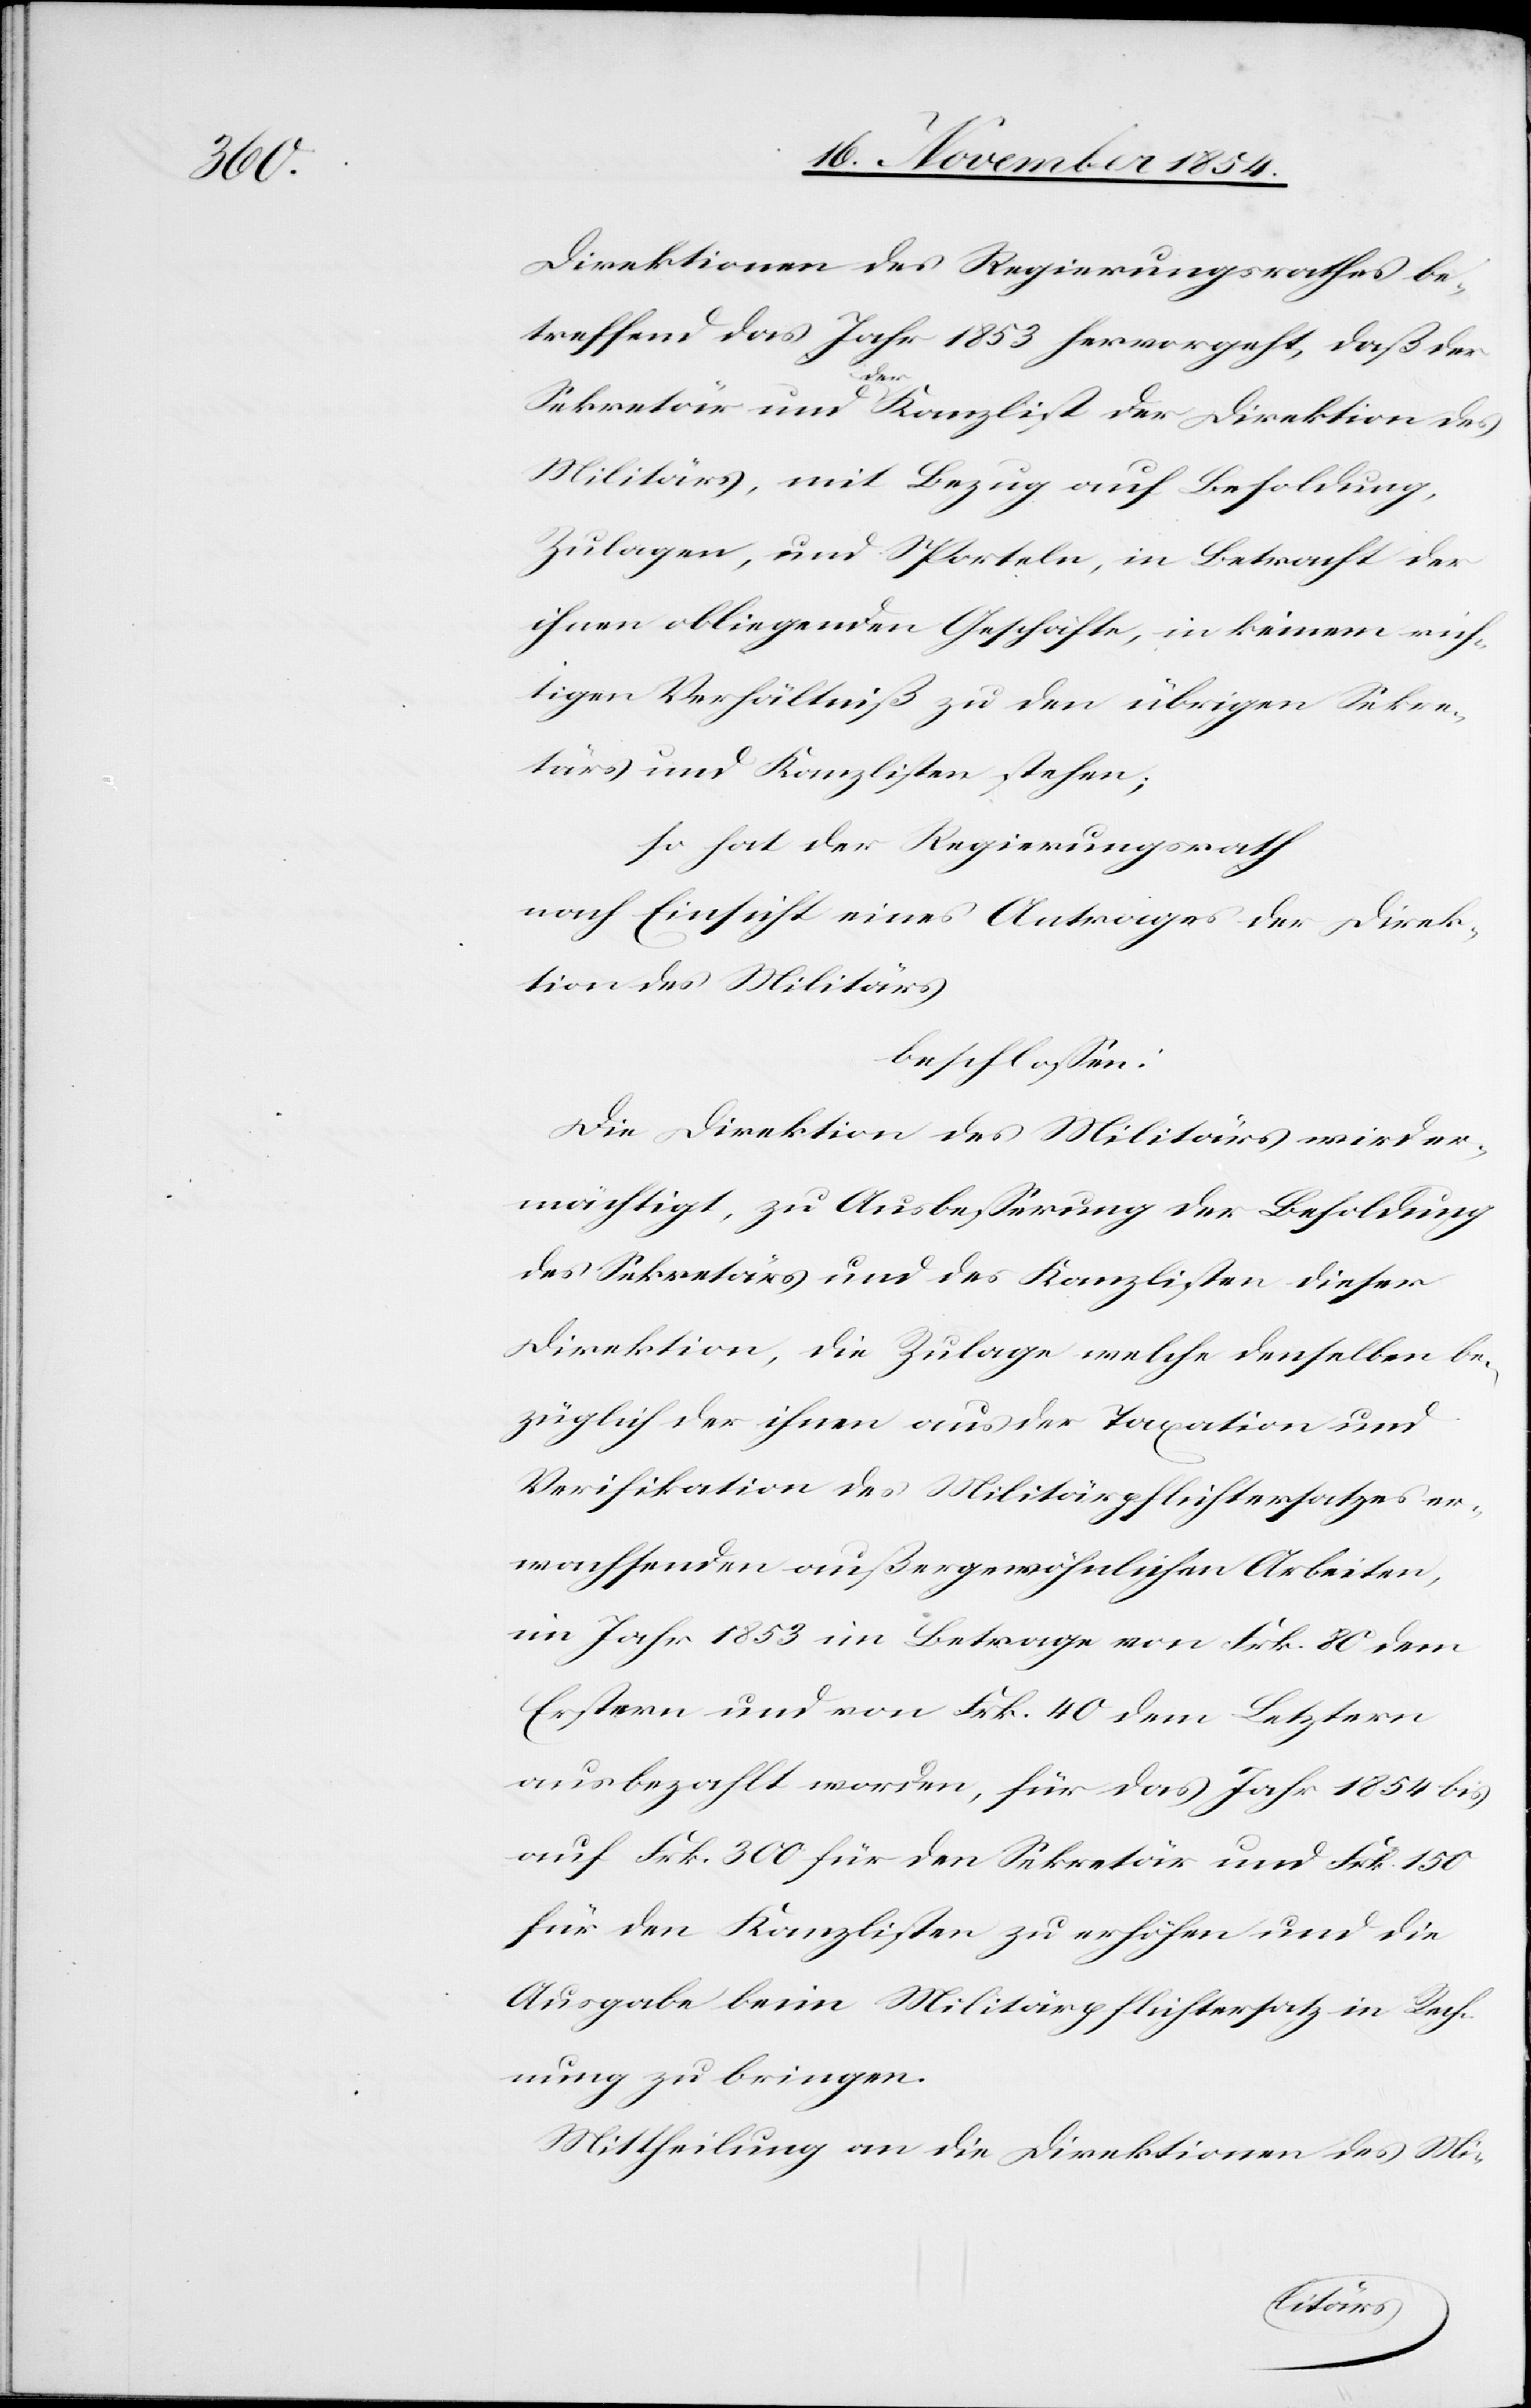
Direktionen des Regierungsrathes be¬
treffend das Jahr 1853 hervorgeht, daß der
Sekretär und a-der-a Kanzlist der Direktion des
Militärs, mit Bezug auf Besoldung,
Zulagen, und Sporteln, in Betracht der
ihnen obliegenden Geschäfte, in keinem rich¬
tigen Verhältniß zu den übrigen Sekre¬
tärs und Kanzlisten stehen;
so hat der Regierungsrath
nach Einsicht eines Antrages der Direk¬
tion des Militärs
beschloßen:
Die Direktion des Militärs wird er¬
mächtigt, zu Ausbeßerung der Besoldung
des Sekretärs und des Kanzlisten dieser
Direktion, die Zulage welche denselben be¬
züglich der ihnen aus der Taxation und
Verifikation des Militärpflichtersatzes er¬
wachsenden außergewöhnlichen Arbeiten,
im Jahr 1853 im Betrage von Frk. 80 dem
Erstern und von Frk. 40 dem Letztern
ausbezahlt worden, für das Jahr 1854 bis
auf Frk. 300 für den Sekretär und Frk. 150
für den Kanzlisten zu erhöhen und die
Ausgabe beim Militärpflichtersatz in Rech¬
nung zu bringen.
Mittheilung an die Direktionen des Mi-